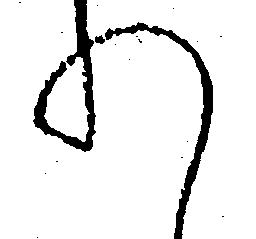
れ